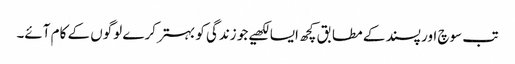
تب سوچ اور پسند کے مطابق کچھ ایسا لکھیے جو زندگی کو بہتر کرے لوگوں کے کام آئے۔